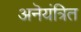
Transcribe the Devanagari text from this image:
अनॆयंत्रित